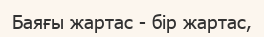
Баяғы жартас - бір жартас,